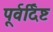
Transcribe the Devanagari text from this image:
पूर्वर्दिष्ट